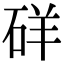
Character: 𥒞